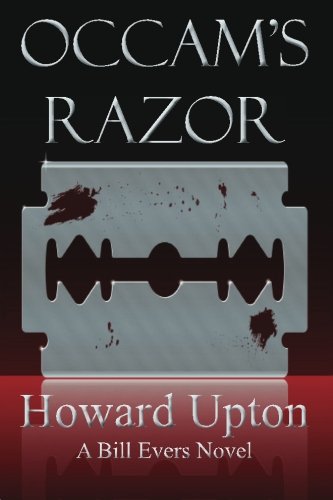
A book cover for Occam's Razor; Howard Upton; Literature & Fiction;